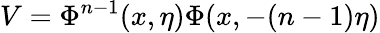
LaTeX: V=\Phi^{n-1}(x,\eta)\Phi(x,-(n-1)\eta)